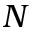
N